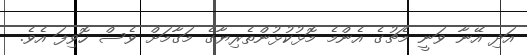
އަދި އޭނާ ވަނީ މެޗުގެ އެންމެ މޮޅުކުޅުންތެރިޔާގެ މަގާމަށް ވެސް ހޮވިފަ އެވެ.